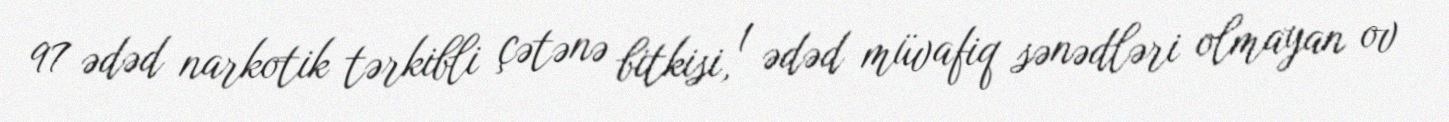
97 ədəd narkotik tərkibli çətənə bitkisi, 1 ədəd müvafiq sənədləri olmayan ov